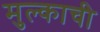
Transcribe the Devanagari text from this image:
मुल्काची